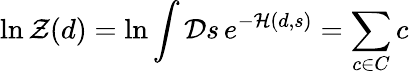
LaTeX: \ln{\mathcal{Z}}(d)=\ln\int{\mathcal{D}}s\, e^{-{\mathcal{H}}(d,s)}=\sum_{c\in C}c